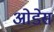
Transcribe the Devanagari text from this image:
ओडेस